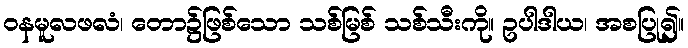
ဝနမူလဖလံ၊ တော၌ဖြစ်သော သစ်မြစ် သစ်သီးကို။ ဥပါဒါယ၊ အစပြု၍။